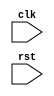
module sequential_logic (
    input wire clk,
    input wire rst,
    // other input/output ports
);
  
always @(posedge clk or negedge rst)
begin
    // logic operations or assignments here
end

// other logic here

endmodule